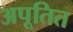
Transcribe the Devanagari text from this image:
अपूतित